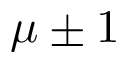
\mu \pm 1